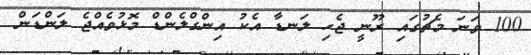
100 ވަނަ މެޗުގައި ރޫނީ ޖެހި ލަނޑާ އެކު އިންގްލެންޑް މޮޅުވެއްޖެ ލަންޑަން